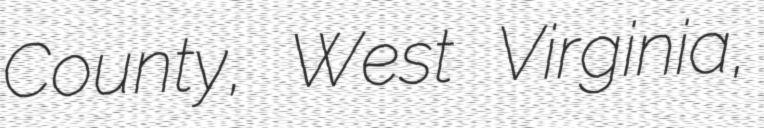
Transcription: County, West Virginia,